Scientific memoirs by medical officers of the Army of India - Part XII,
Year: 1901
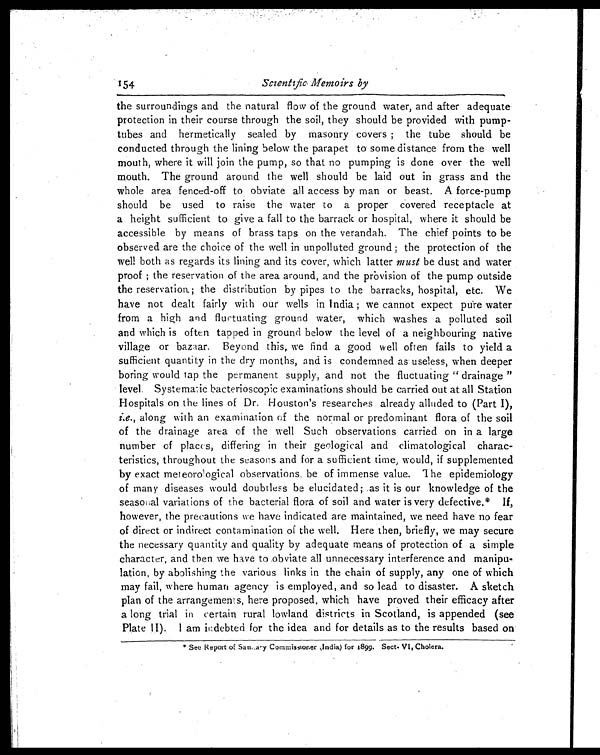
Scientific Memoirs by
the surroundings and the natural flow of the ground water, and after adequate
protection in their course through the soil, they should be provided with pump-
tubes and hermetically sealed by masonry covers; the tube should be
conducted through the lining below the parapet to some distance from the well
mouth, where it will join the pump, so that no pumping is done over the well
mouth. The ground around the well should be laid out in grass and the
whole area fenced-off to obviate all access by man or beast. A force-pump
should be used to raise the water to a proper covered receptacle at
a height sufficient to give a fall to the barrack or hospital, where it should be
accessible by means of brass taps on the verandah. The chief points to be
observed are the choice of the well in unpolluted ground; the protection of the
well both as regards its lining and its cover, which latter must be dust and water
proof; the reservation of the area around, and the provision of the pump outside
the reservation; the distribution by pipes to the barracks, hospital, etc. We
have not dealt fairly with our wells in India; we cannot expect pure water
from a high and fluctuating ground water, which washes a polluted soil
and which is often tapped in ground below the level of a neighbouring native
village or bazaar. Beyond this, we find a good well often fails to yield a
sufficient quantity in the dry months, and is condemned as useless, when deeper
boring would tap the permanent supply, and not the fluctuating "drainage"
level. Systematic bacterioscopic examinations should be carried out at all Station
Hospitals on the lines of Dr. Houston's researches already alluded to (Part I),
i.e., along with an examination of the normal or predominant flora of the soil
of the drainage area of the well Such observations carried on in a large
number of places, differing in their geological and climatological charac--
teristics, throughout the seasons and for a sufficient time, would, if supplemented
by exact meteorological observations be of immense value. The epidemiology
of many diseases would doubtless be elucidated; as it is our knowledge of the
seasonal variations of the bacterial flora of soil and water is very defective.* If,
however, the precautions we have indicated are maintained, we need have no fear
of direct or indirect contamination of the well. Here then, briefly, we may secure
the necessary quantity and quality by adequate means of protection of a simple
character, and then we have to obviate all unnecessary interference and manipu-
lation, by abolishing the various links in the chain of supply, any one of which
may fail, where human agency is employed, and so lead to disaster. A sketch
plan of the arrangements, here proposed, which have proved their efficacy after
a long trial in certain rural lowland districts in Scotland, is appended (see
Plate II). I am indebted for the idea and for details as to the results based on
* See Report of Sansary Commissioner India) for 1899. Sect. VI, Cholera.
154